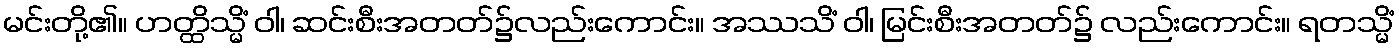
မင်းတို့၏။ ဟတ္ထိသ္မိံ ဝါ၊ ဆင်းစီးအတတ်၌လည်းကောင်း။ အဿသိံ ဝါ၊ မြင်းစီးအတတ်၌ လည်းကောင်း။ ရတသ္မိံ